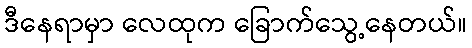
ဒီနေရာမှာ လေထုက ခြောက်သွေ့နေတယ်။